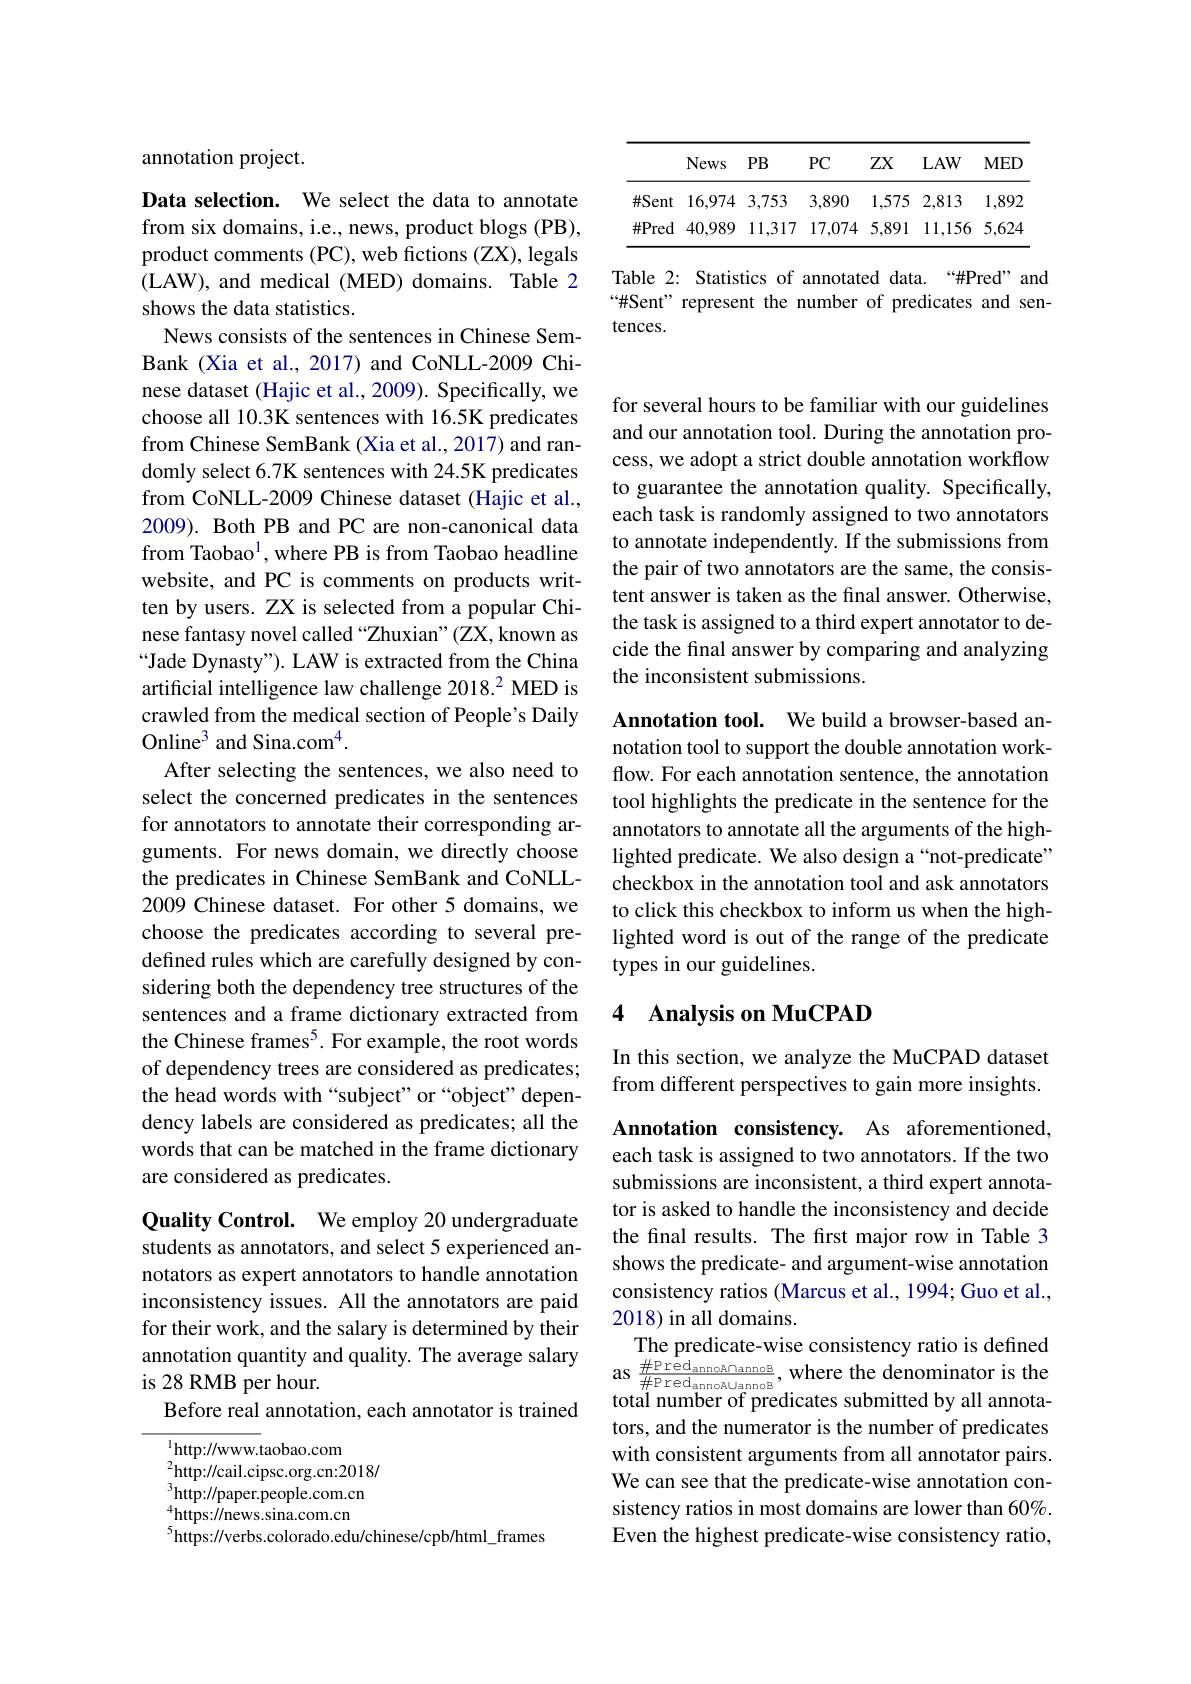
<table>
	<tbody>
		<tr>
			<th> </th>
			<th>News</th>
			<th>$PB$</th>
			<th>$PC$</th>
			<th>$ZX$</th>
			<th>$LAW$</th>
			<th>$MED$</th>
		</tr>
		<tr>
			<td>$\#Sent$</td>
			<td>16,974</td>
			<td>3,753</td>
			<td>3,890</td>
			<td>1,575</td>
			<td>2,813</td>
			<td>1,892</td>
		</tr>
		<tr>
			<td>$\#$Pred</td>
			<td>40,989</td>
			<td>11,317</td>
			<td>17,074</td>
			<td>5,891</td>
			<td>11,156</td>
			<td>5,624</td>
		</tr>
	</tbody>
</table>

Table 2: Statistics of annotated data.“#Pred”and “#Sent" represent the number of predicates and sentences.

annotation project.

Data selection. We select the data to annotate from six domains, i.e., news, product blogs (PB), product comments (PC), web fictions (ZX), legals (LAW), and medical (MED) domains. Table 2 shows the data statistics.
News consists of the sentences in Chinese SemBank (Xia et al., 2017) and CoNLL-2009 Chinese dataset (Hajic et al., 2009). Specifically, we choose all 10.3K sentences with 16.5K predicates from Chinese SemBank (Xia et al., 2017) and randomly select 6.7K sentences with 24.5K predicates from CoNLL-2009 Chinese dataset (Hajic et al., 2009). Both PB and PC are non-canonical data from Taobao$^1$,where PB is from Taobao headline website, and PC is comments on products written by users. ZX is selected from a popular Chinese fantasy novel called “Zhuxian”(ZX, known as $“$Jade Dynasty"). LAW is extracted from the China artificial intelligence law challenge 2018.2 MED is crawled from the medical section of People's Daily Online$^3$ and Sina.com$^4.$
After selecting the sentences, we also need to select the concerned predicates in the sentences for annotators to annotate their corresponding arguments. For news domain, we directly choose the predicates in Chinese SemBank and CoNLL- 2009 Chinese dataset. For other 5 domains, we choose the predicates according to several predefined rules which are carefully designed by considering both the dependency tree structures of the sentences and a frame dictionary extracted from the Chinese frames$^5.$ For example, the root words of dependency trees are considered as predicates; the head words with “subject” or “object" dependency labels are considered as predicates; all the words that can be matched in the frame dictionary are considered as predicates.

Quality Control. We employ 20 undergraduate students as annotators, and select 5 experienced annotators as expert annotators to handle annotation inconsistency issues. All the annotators are paid for their work, and the salary is determined by their annotation quantity and quality. The average salary is 28 RMB per hour.
Before real annotation, each annotator is trained

$^{1}$http://www.taobao.com
${}^{2}$http://cail.cipsc.org.cn:2018/ $^{3}$http://paper.people.com.cn $^{4}$https://news.sina.com.cn $^{5}$https://verbs.colorado.edu/chinese/cpb/html\_frames

for several hours to be familiar with our guidelines and our annotation tool. During the annotation process, we adopt a strict double annotation workflow to guarantee the annotation quality. Specifically, each task is randomly assigned to two annotators to annotate independently. If the submissions from the pair of two annotators are the same, the consistent answer is taken as the final answer. Otherwise, the task is assigned to a third expert annotator to decide the final answer by comparing and analyzing the inconsistent submissions.

Annotation tool. We build a browser-based annotation tool to support the double annotation workflow. For each annotation sentence, the annotation tool highlights the predicate in the sentence for the annotators to annotate all the arguments of the highlighted predicate. We also design a“not-predicate” checkbox in the annotation tool and ask annotators to click this checkbox to inform us when the highlighted word is out of the range of the predicate types in our guidelines.

## 4 Analysis on MuCPAD

In this section, we analyze the MuCPAD dataset from different perspectives to gain more insights.

Annotation consistency. As aforementioned, each task is assigned to two annotators. If the two submissions are inconsistent, a third expert annotator is asked to handle the inconsistency and decide the final results. The first major row in Table 3 shows the predicate- and argument-wise annotation consistency ratios (Marcus et al., 1994; Guo et al., 2018) in all domains.
The predicate-wise consistency ratio is defined as $\frac{\#\mathrm{Pred}_{\mathrm{annoA}\bigcap\mathrm{annoB}}{\#\mathrm{Pred}_{\mathrm{annoA}\cup\mathrm{annoB}}},\mathrm{where~the~denominator~is~the}}$ total number of predicates submitted by all annotators, and the numerator is the number of predicates with consistent arguments from all annotator pairs. We can see that the predicate-wise annotation consistency ratios in most domains are lower than 60%. Even the highest predicate-wise consistency ratio,